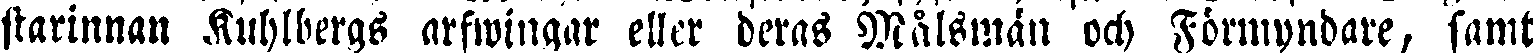
starinnan Kuhlbergs arfwingar eller deras Målsmän och Förmyndare, samt